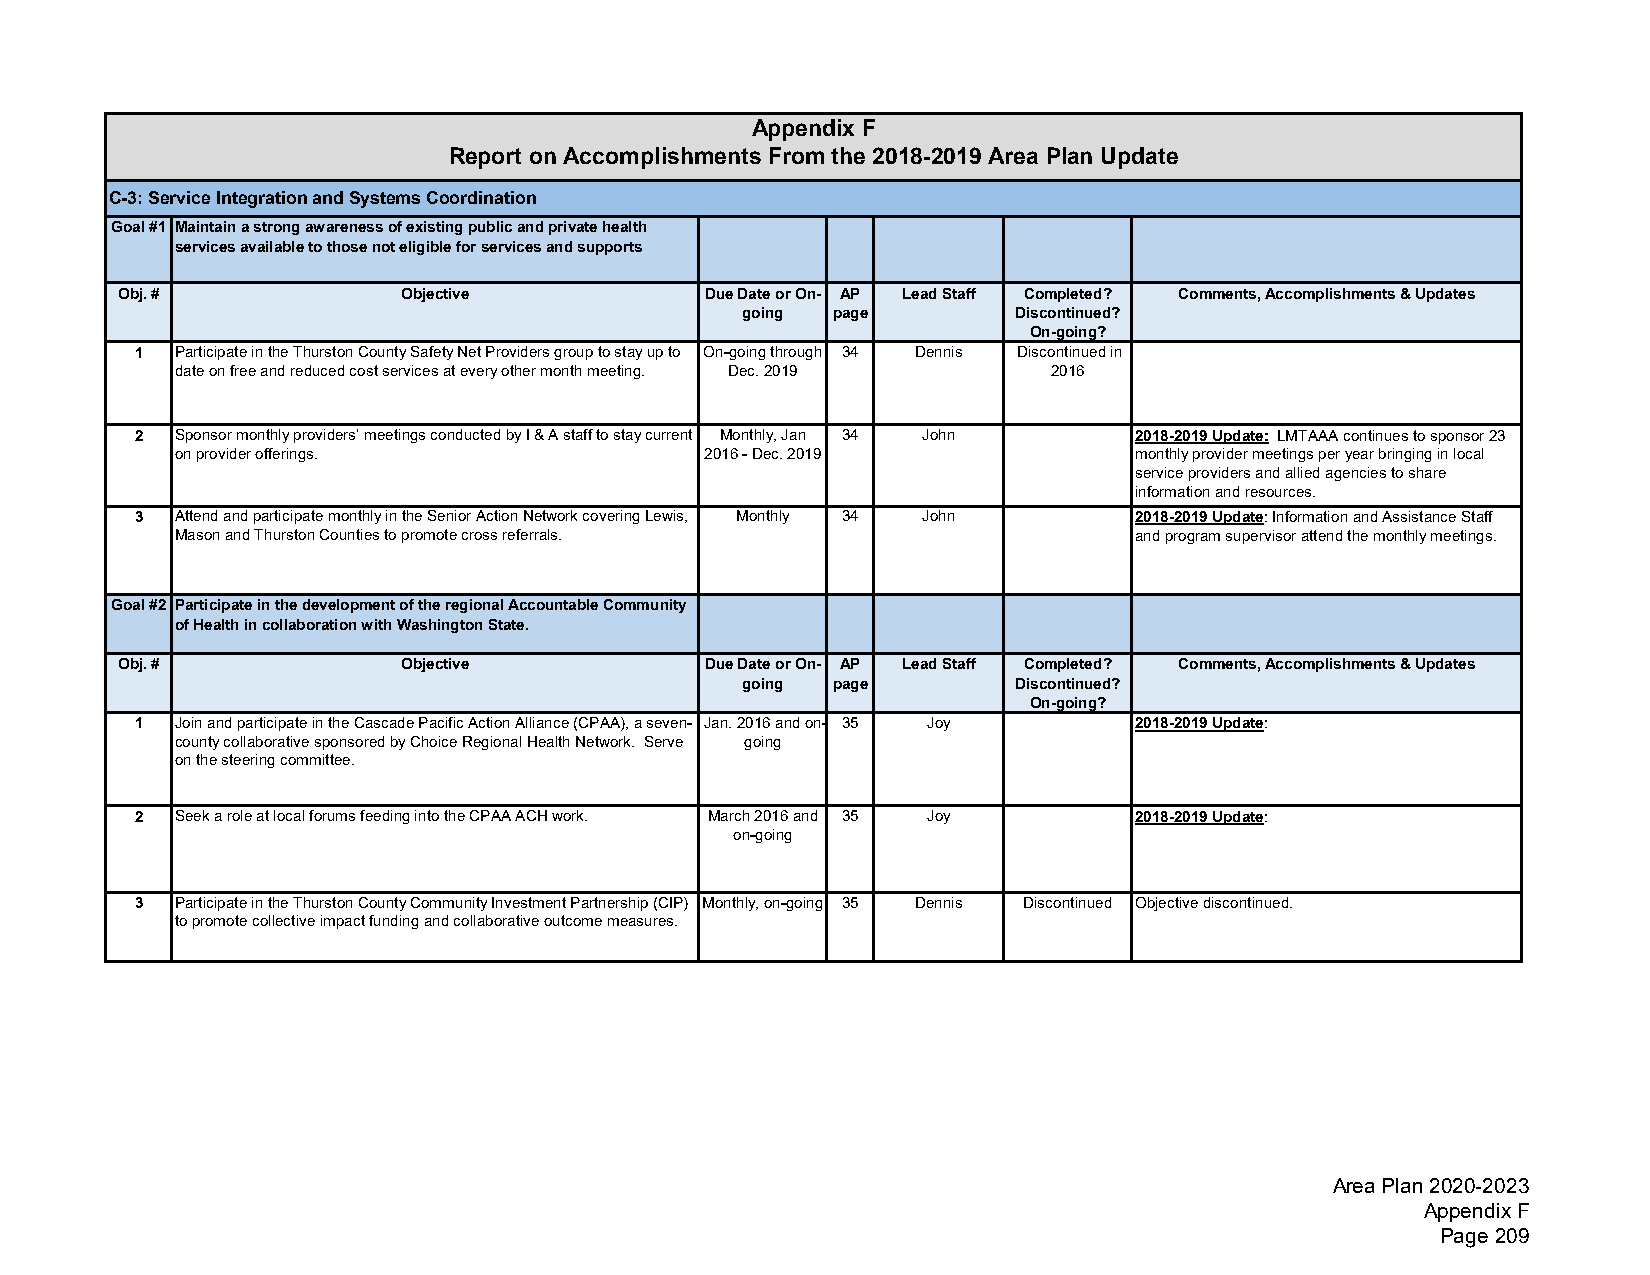
Appendix F
 Report on Accomplishments From the 2018-2019 Area Plan Update
 C-3: Service Integration and Systems Coordination
 Goal #1 Maintain a strong awareness of existing public and private health
 services available to those not eligible for services and supports
 Obj. #             Objective           Due Date or On- AP Lead Staff Completed? Comments, Accomplishments & Updates
 going page        Discontinued?
 On-going?
 1 Participate in the Thurston County Safety Net Providers group to stay up to On-going through 34 Dennis Discontinued in
 date on free and reduced cost services at every other month meeting. Dec. 2019 2016
 2 Sponsor monthly providers’ meetings conducted by I & A staff to stay current Monthly, Jan 34 John 2018-2019 Update: LMTAAA continues to sponsor 23
 on provider offerings.             2016 - Dec. 2019             monthly provider meetings per year bringing in local
 service providers and allied agencies to share
 information and resources.
 3 Attend and participate monthly in the Senior Action Network covering Lewis, Monthly 34 John 2018-2019 Update: Information and Assistance Staff
 Mason and Thurston Counties to promote cross referrals.         and program supervisor attend the monthly meetings.
 Goal #2 Participate in the development of the regional Accountable Community
 of Health in collaboration with Washington State.
 Obj. #             Objective           Due Date or On- AP Lead Staff Completed? Comments, Accomplishments & Updates
 going page        Discontinued?
 On-going?
 1 Join and participate in the Cascade Pacific Action Alliance (CPAA), a seven- Jan. 2016 and on- 35 Joy 2018-2019 Update:
 county collaborative sponsored by Choice Regional Health Network. Serve going
 on the steering committee.
 2 Seek a role at local forums feeding into the CPAA ACH work. March 2016 and 35 Joy 2018-2019 Update:
 on-going
 3 Participate in the Thurston County Community Investment Partnership (CIP) Monthly, on-going 35 Dennis Discontinued Objective discontinued.
 to promote collective impact funding and collaborative outcome measures.
 Area Plan 2020-2023
 Appendix F
 Page 209